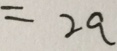
= 2 a